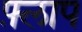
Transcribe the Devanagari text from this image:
फ़्लाप